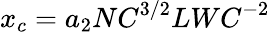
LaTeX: x_{c}=a_{2}{NC}^{3/2}{LWC}^{-2}